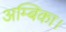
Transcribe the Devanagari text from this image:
अम्बिका।